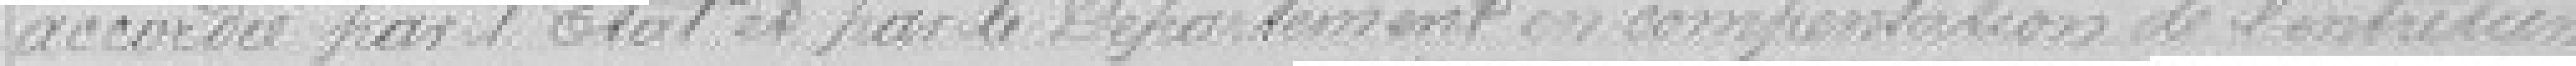
accordée par l'Etat et par le Département en compensation de l'entretien